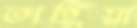
তাহিয়া